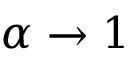
\alpha \to 1